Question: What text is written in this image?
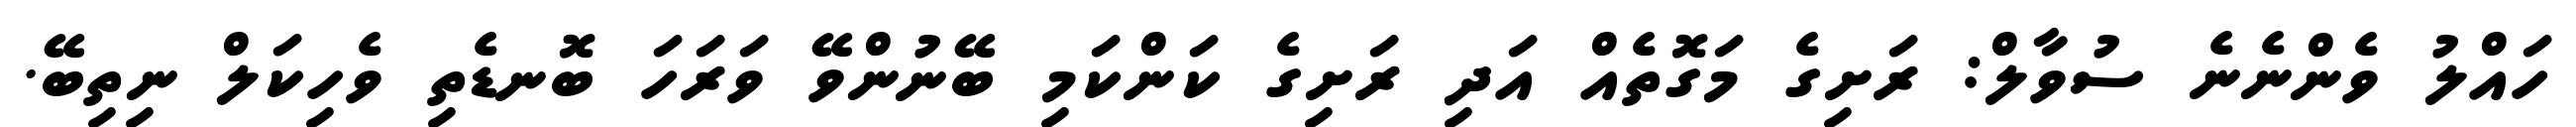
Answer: ހައްލު ވެންނެނެ ސުވާލް: ރަށިގެ މަގޮތެއް އަދި ރަށިގެ ކަންކަމި ބޭނުންވޭ ވަރަހަ ބޮނޑެތި ވެހިކަލް ނިތިބޭ.